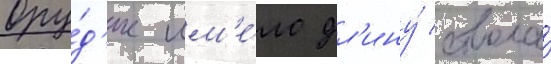
Ору́д'ие им'е́ло дл'ину́ ствола́